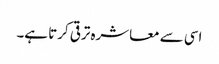
اسی سے معاشرہ ترقی کرتا ہے۔